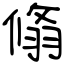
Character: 翛